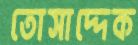
তোসাদ্দেক